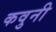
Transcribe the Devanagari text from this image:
कवुनी